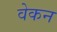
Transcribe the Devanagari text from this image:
वेकन